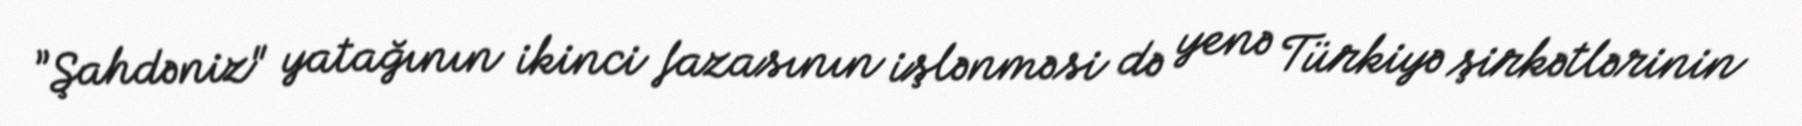
”Şahdəniz" yatağının ikinci fazasının işlənməsi də yenə Türkiyə şirkətlərinin